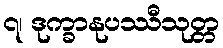
၇၊ ဒုက္ခာနုပဿီသုတ္တ